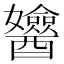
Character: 𨣻